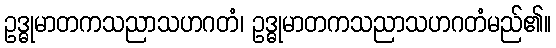
ဥဒ္ဓုမာတကသညာသဟဂတံ၊ ဥဒ္ဓုမာတကသညာသဟဂတံမည်၏။